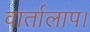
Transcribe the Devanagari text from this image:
वार्तालाप।